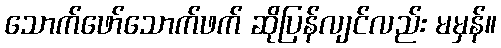
သောက်ဖော်သောက်ဖက် ဆိုပြန်လျင်လည်း မမှန်။